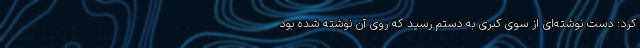
کرد: دست نوشته‌ای از سوی کبری به دستم رسید که روی آن نوشته شده بود